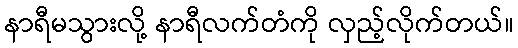
နာရီမသွားလို့ နာရီလက်တံကို လှည့်လိုက်တယ်။